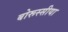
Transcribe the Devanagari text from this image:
बोरूस्सीया